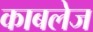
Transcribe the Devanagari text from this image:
काबलेज